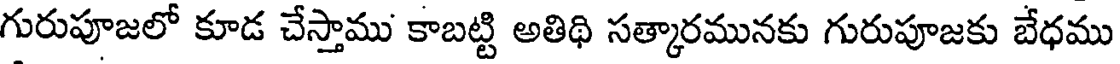
గురుపూజలో కూడ చేస్తాము కాబట్టి అతిథి సత్కారమునకు గురుపూజకు బేధము